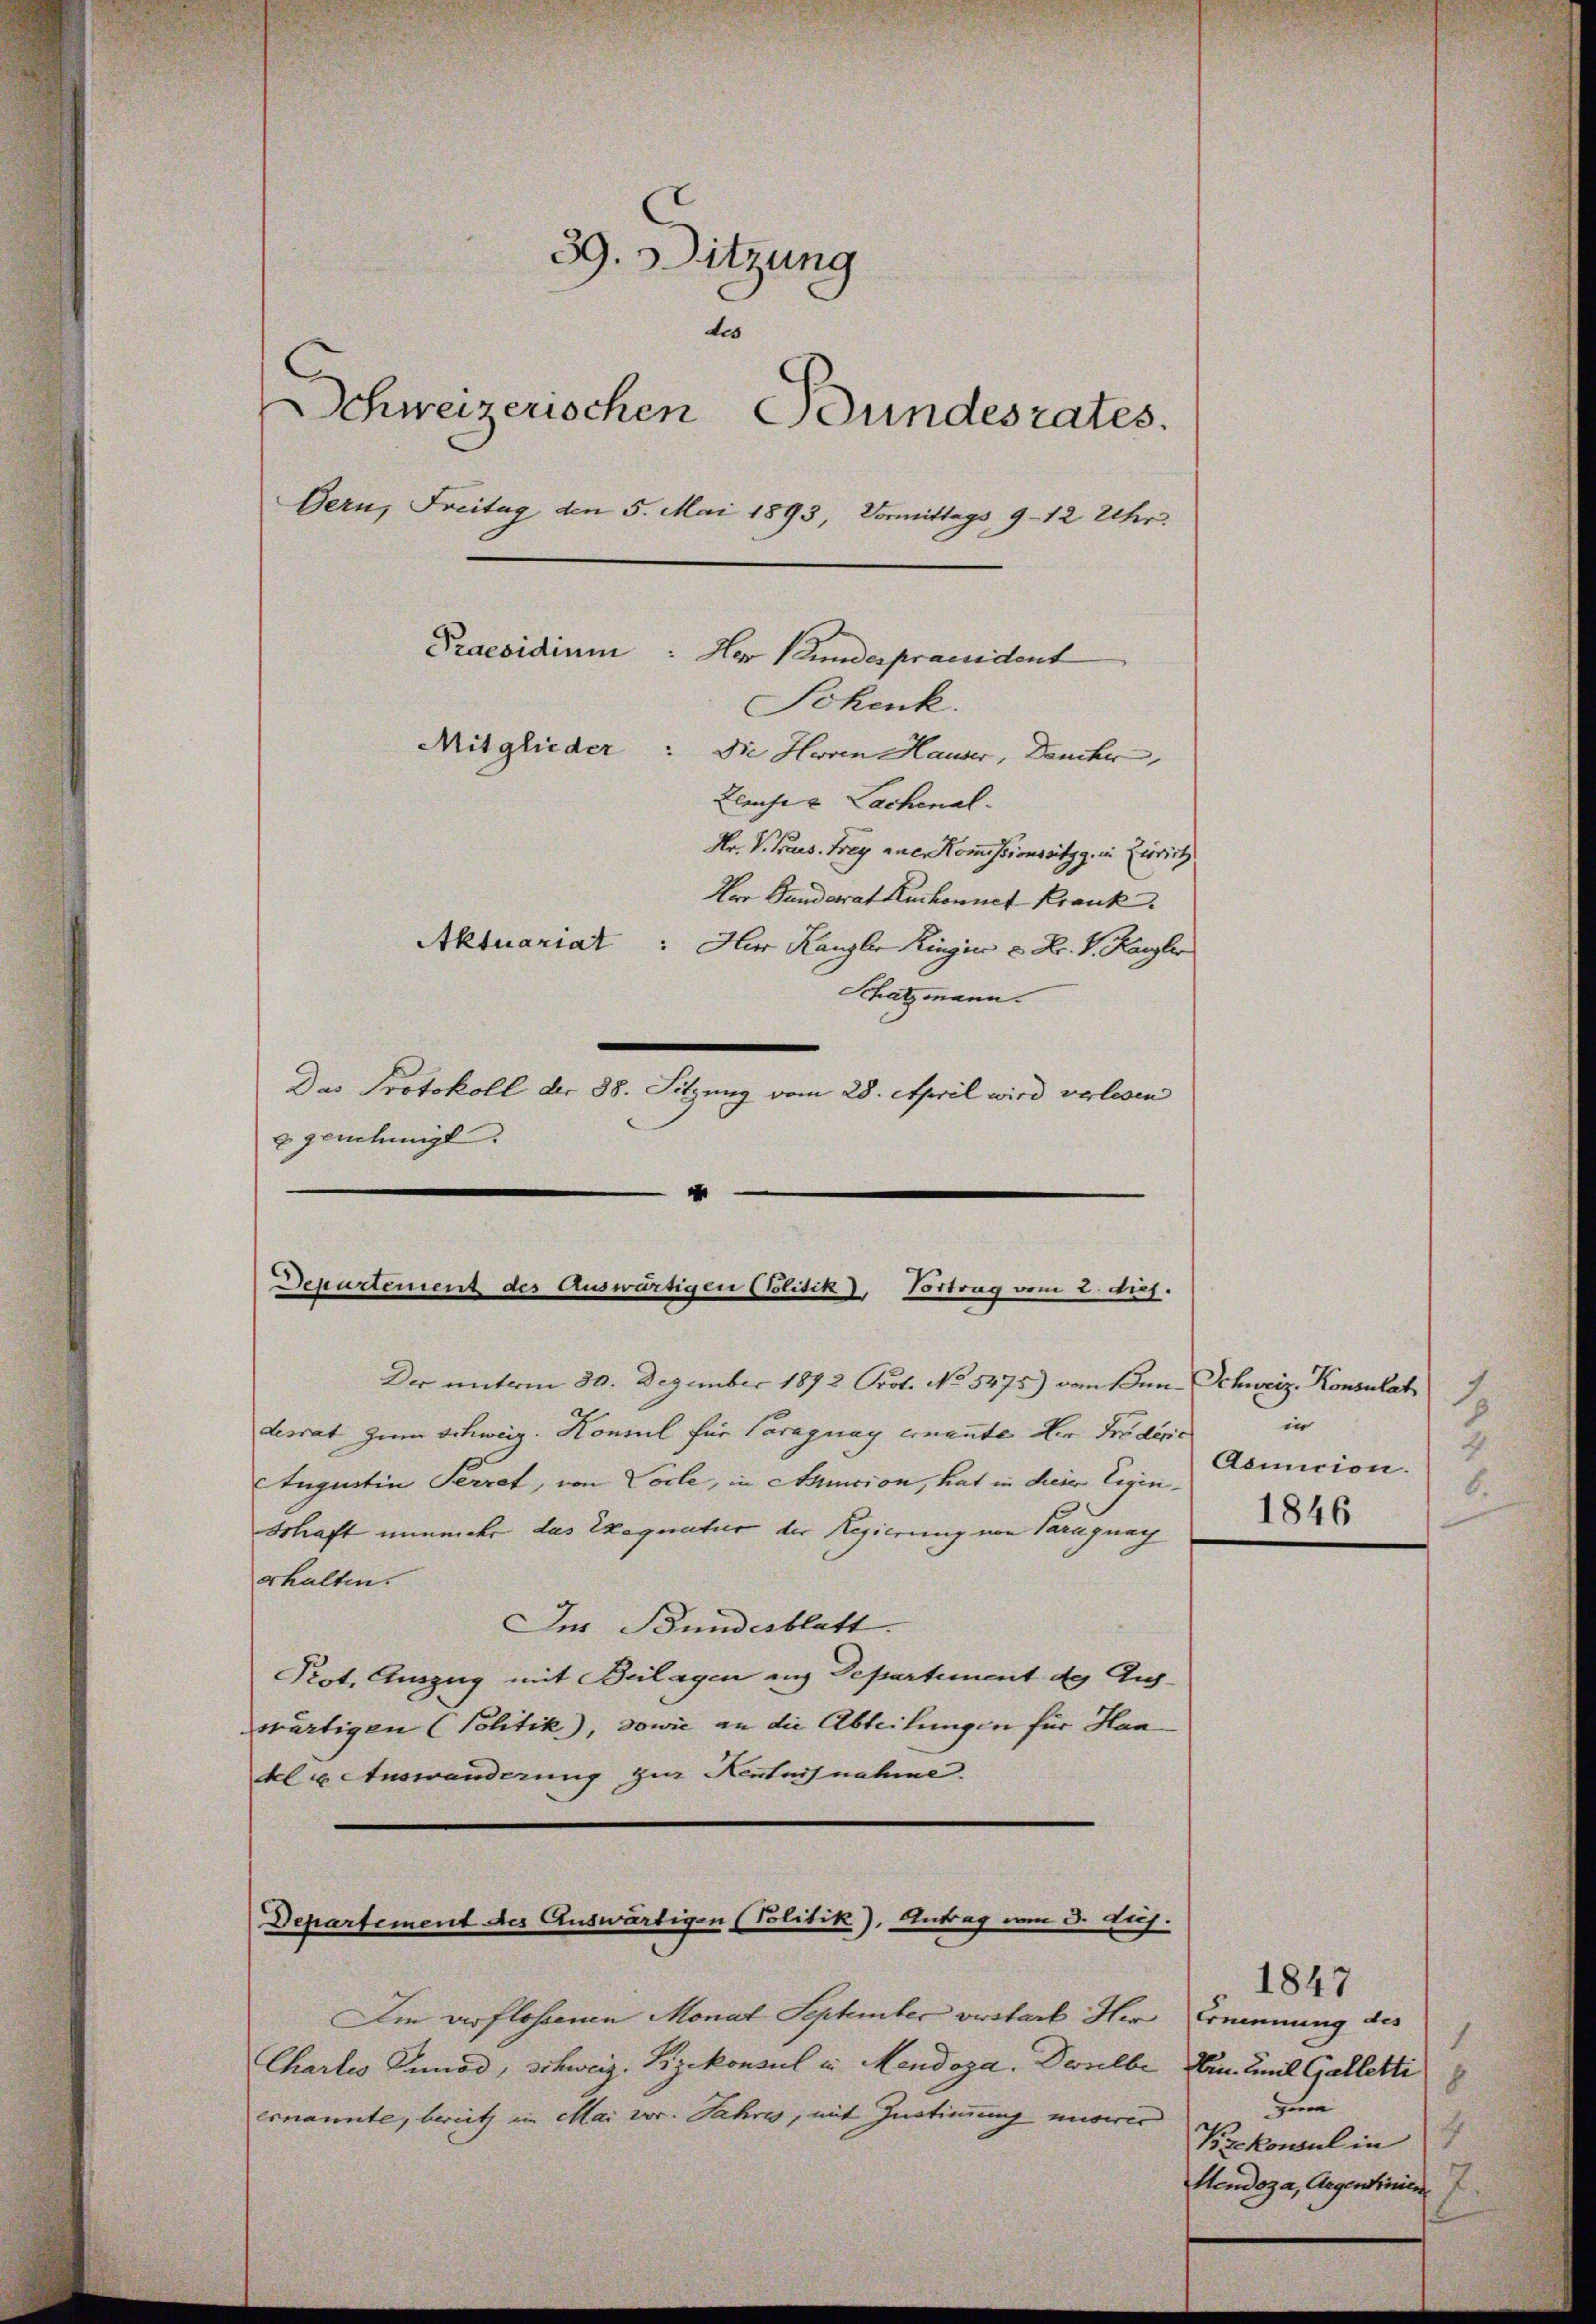
39. Sitzung
des
Schweizerischen Bundesrates.
Gern, Freitag den 5. Mai 1893, Vormittags 9–12 Uhr.
Praesidium: Her Kundespraesident
Schenk.
Mitglieder
Die Herren Hauser, Deucher,
Bleiche u Lachenal.
Hr. P. Praes. Frey aner Kommissionssitzg. in Zürich
Vor Bundesrat Kuchonnet Krank.
Aktuariat: Herr Kanzler Kingier u Fr. v. Kanzler
Schatzmann.

Das Protokoll der 38. Sitzung vom 28. April wird verlesen
e genehmigt.
d

Departement des Auswärtigen Politik), Vortrag vom 2. Auf.

Der unterm 30. Dezember 1872 Prot. No. 5475) dem den Schweiz. Konsulat
desrat zum Schweiz. Konsul für Paraguay ernannte der Friderie
Augustin Terrat, von Pocle, in Amision, hat in diese Civinschaft nunmehr das Exequatur der Regierung von Paragung
erhalten.
Der Bundesblatt.
Prot. Auszug mit Beilagen aus Departement des Auswärtigen (Politik), sowie an die Abteilungen für Han
Al u. Auswanderung zur Kentnisnahme.

Departement des Auswärtigen (Politik), Antrag vom 3. huj.

Iie verflossenen Monat September verstarb Her
Chartes Pamod, schweiz. Rizekonsul in Mendoza. Derselbe
ernannte, bereit im Mai vor. Jahres, mit Zustimmung movir

1
in
2
Asmncion.
6.
1846

1847
Ernennung des
1
bin. mit Galletti
8
zim
x
1
Kzekonsul in
Hendoza, Gegentinien